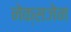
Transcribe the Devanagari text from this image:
नेक्सजेन